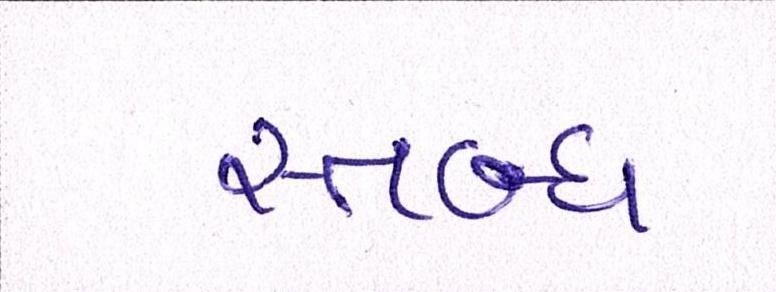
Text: સ્તબ્ધ